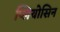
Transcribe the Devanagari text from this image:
प्लियोसिन